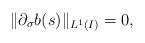
LaTeX: \begin{align*}\|\partial_\sigma b(s)\|_{L^1(I)}=0,\end{align*}